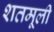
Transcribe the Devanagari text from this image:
शतमूली